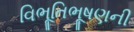
વિભૂતિભૂષણની